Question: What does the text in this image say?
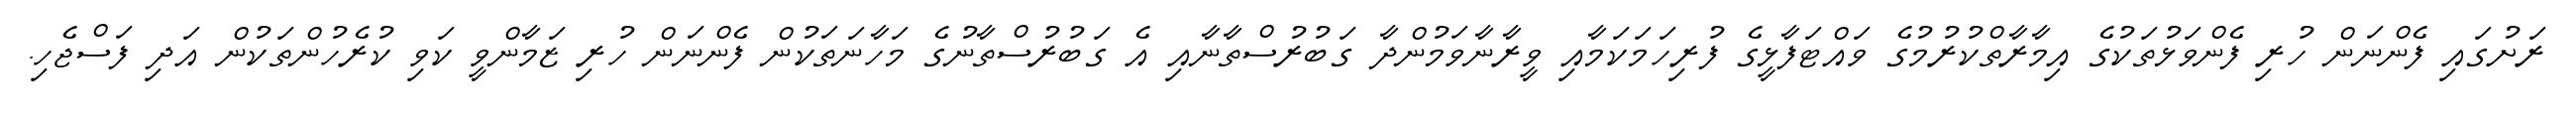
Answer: ރަށުގައި ފެންނަން ހުރި ފެންވަޅުތަކުގެ އިމާރާތްކުރުމުގެ ވައްޓަފާޅީގެ ފުރިހަމަކަމާއި ވީރާނާވަމުންދާ ގަބުރުސްތާނާއި އެ ގަބުރުސްތާނުގެ މަހާނަތަކުން ފެންނަން ހުރި ޒަމާންވީ ކަވި ކުރެހުންތަކުން އަދި ފަސްޖެހި.